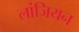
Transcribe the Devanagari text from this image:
लांजियन